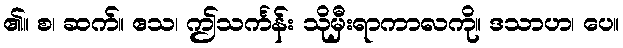
၏။ စ၊ ဆက်။ ဧသ၊ ဤသင်္ကန်း သိုမှီးရာကာလကို။ ဒသာဟ၊ ပေ။